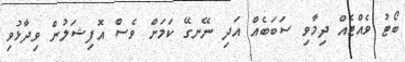
ބޯޓު ވެއްޓެއް ދިމާވި ސަބަބެއް އަދި ނޭނގޭ ކަމަށް ވެސް އޮފިޝަލުން ވިދާޅުވި